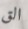
الق